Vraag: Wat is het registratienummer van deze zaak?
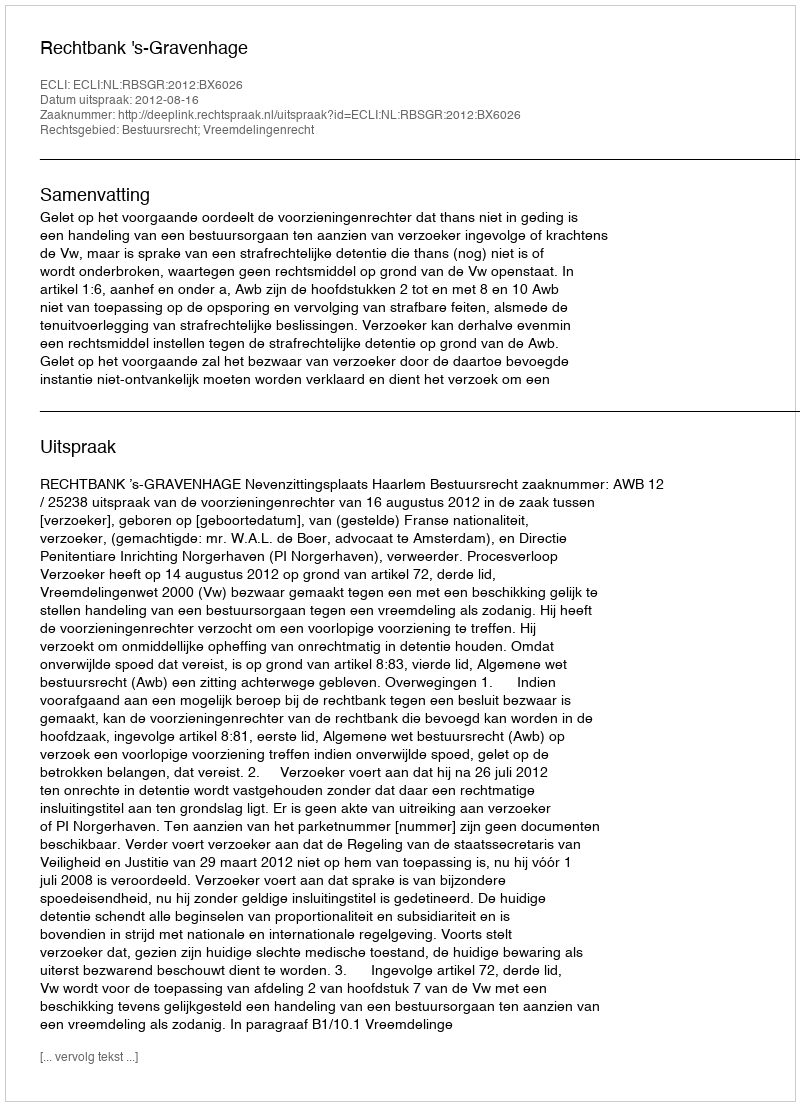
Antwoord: http://deeplink.rechtspraak.nl/uitspraak?id=ECLI:NL:RBSGR:2012:BX6026